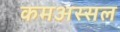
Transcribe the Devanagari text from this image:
कमअस्सल